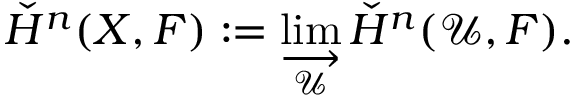
{ \check { H } } ^ { n } ( X , F ) : = \varinjlim _ { \mathcal { U } } { \check { H } } ^ { n } ( { \mathcal { U } } , F ) .